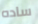
ساده